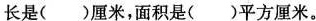
长是()厘米，面积是()平方厘米。